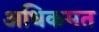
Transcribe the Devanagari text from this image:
अधिकमत